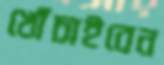
খোঁচাইবেন